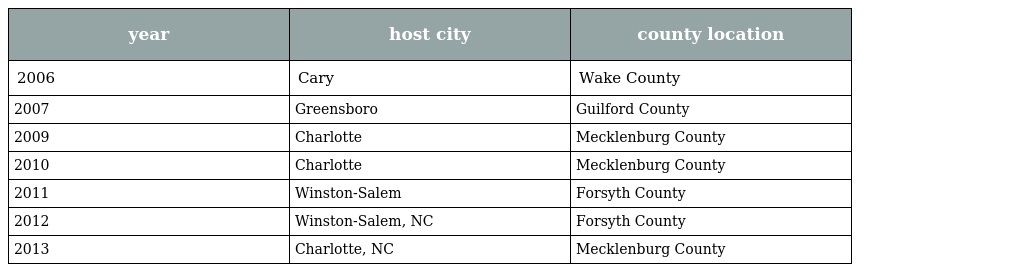
| year | host city | county location |
 | --- | --- | --- |
 | 2006 | Cary | Wake County |
 | 2007 | Greensboro | Guilford County |
 | 2009 | Charlotte | Mecklenburg County |
 | 2010 | Charlotte | Mecklenburg County |
 | 2011 | Winston-Salem | Forsyth County |
 | 2012 | Winston-Salem, NC | Forsyth County |
 | 2013 | Charlotte, NC | Mecklenburg County |